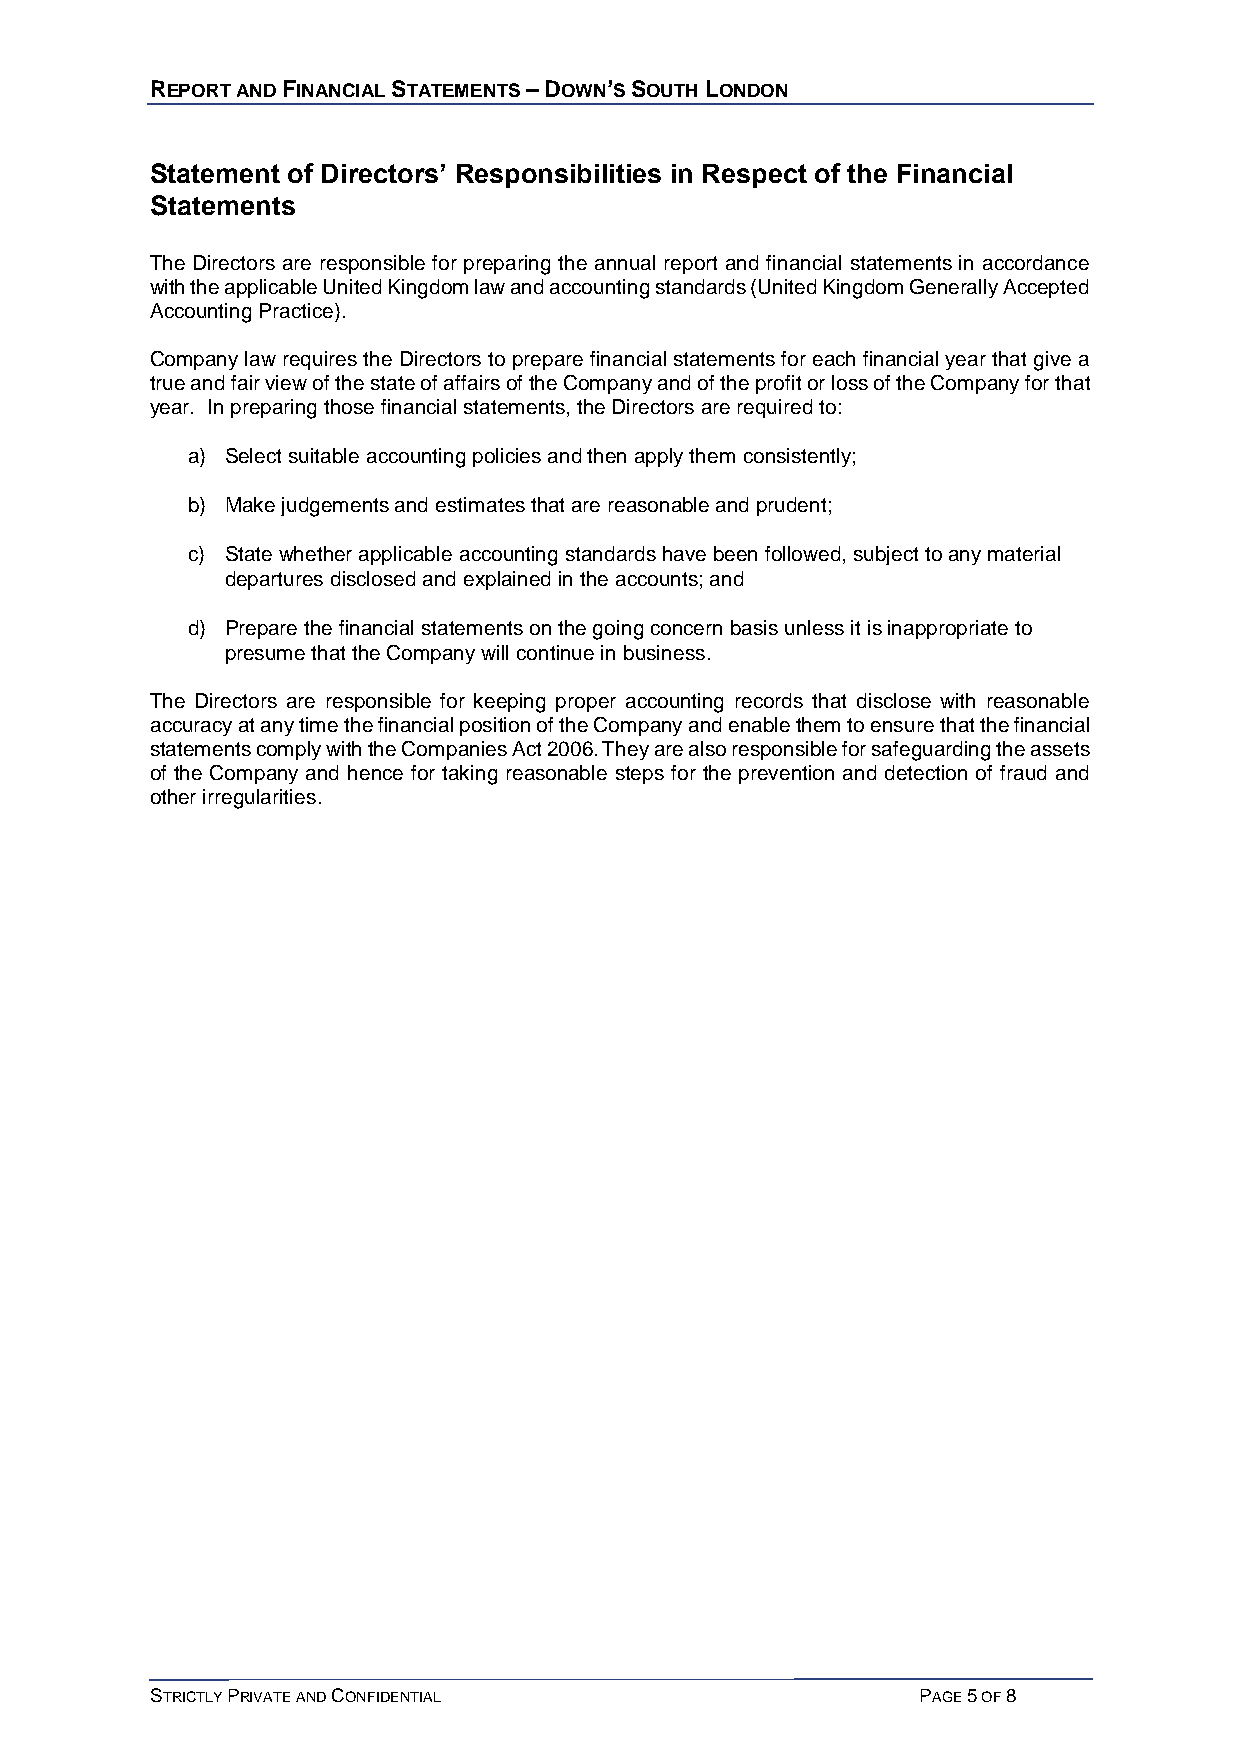
REPORT AND FINANCIAL STATEMENTS – DOWN’S SOUTH LONDON
 Statement of Directors’ Responsibilities in Respect of the Financial
 Statements
 The Directors are responsible for preparing the annual report and financial statements in accordance
 with the applicable United Kingdom law and accounting standards (United Kingdom Generally Accepted
 Accounting Practice).
 Company law requires the Directors to prepare financial statements for each financial year that give a
 true and fair view of the state of affairs of the Company and of the profit or loss of the Company for that
 year. In preparing those financial statements, the Directors are required to:
 a) Select suitable accounting policies and then apply them consistently;
 b) Make judgements and estimates that are reasonable and prudent;
 c) State whether applicable accounting standards have been followed, subject to any material
 departures disclosed and explained in the accounts; and
 d) Prepare the financial statements on the going concern basis unless it is inappropriate to
 presume that the Company will continue in business.
 The Directors are responsible for keeping proper accounting records that disclose with reasonable
 accuracy at any time the financial position of the Company and enable them to ensure that the financial
 statements comply with the Companies Act 2006. They are also responsible for safeguarding the assets
 of the Company and hence for taking reasonable steps for the prevention and detection of fraud and
 other irregularities.
 STRICTLY PRIVATE AND CONFIDENTIAL                  PAGE 5 OF 8